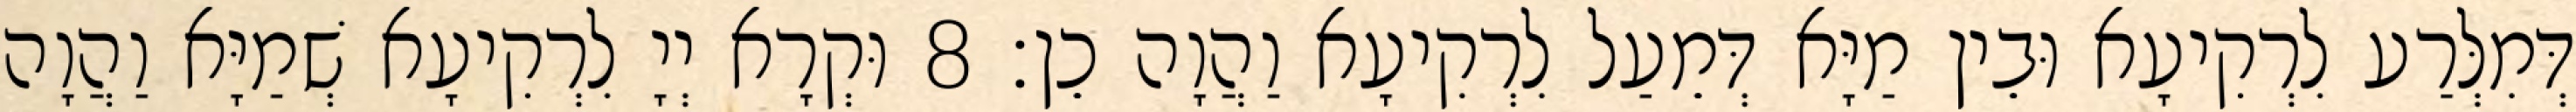
דְּמִלְּרַע לִרְקִיעָא וּבֵין מַיָּא דְּמֵעַל לִרְקִיעָא וַהֲוָה כֵן׃ 8 וּקְרָא יְיָ לִרְקִיעָא שְׁמַיָּא וַהֲוָה